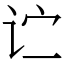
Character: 𬣞